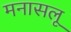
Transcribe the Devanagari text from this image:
मनासलू